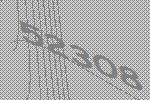
52308